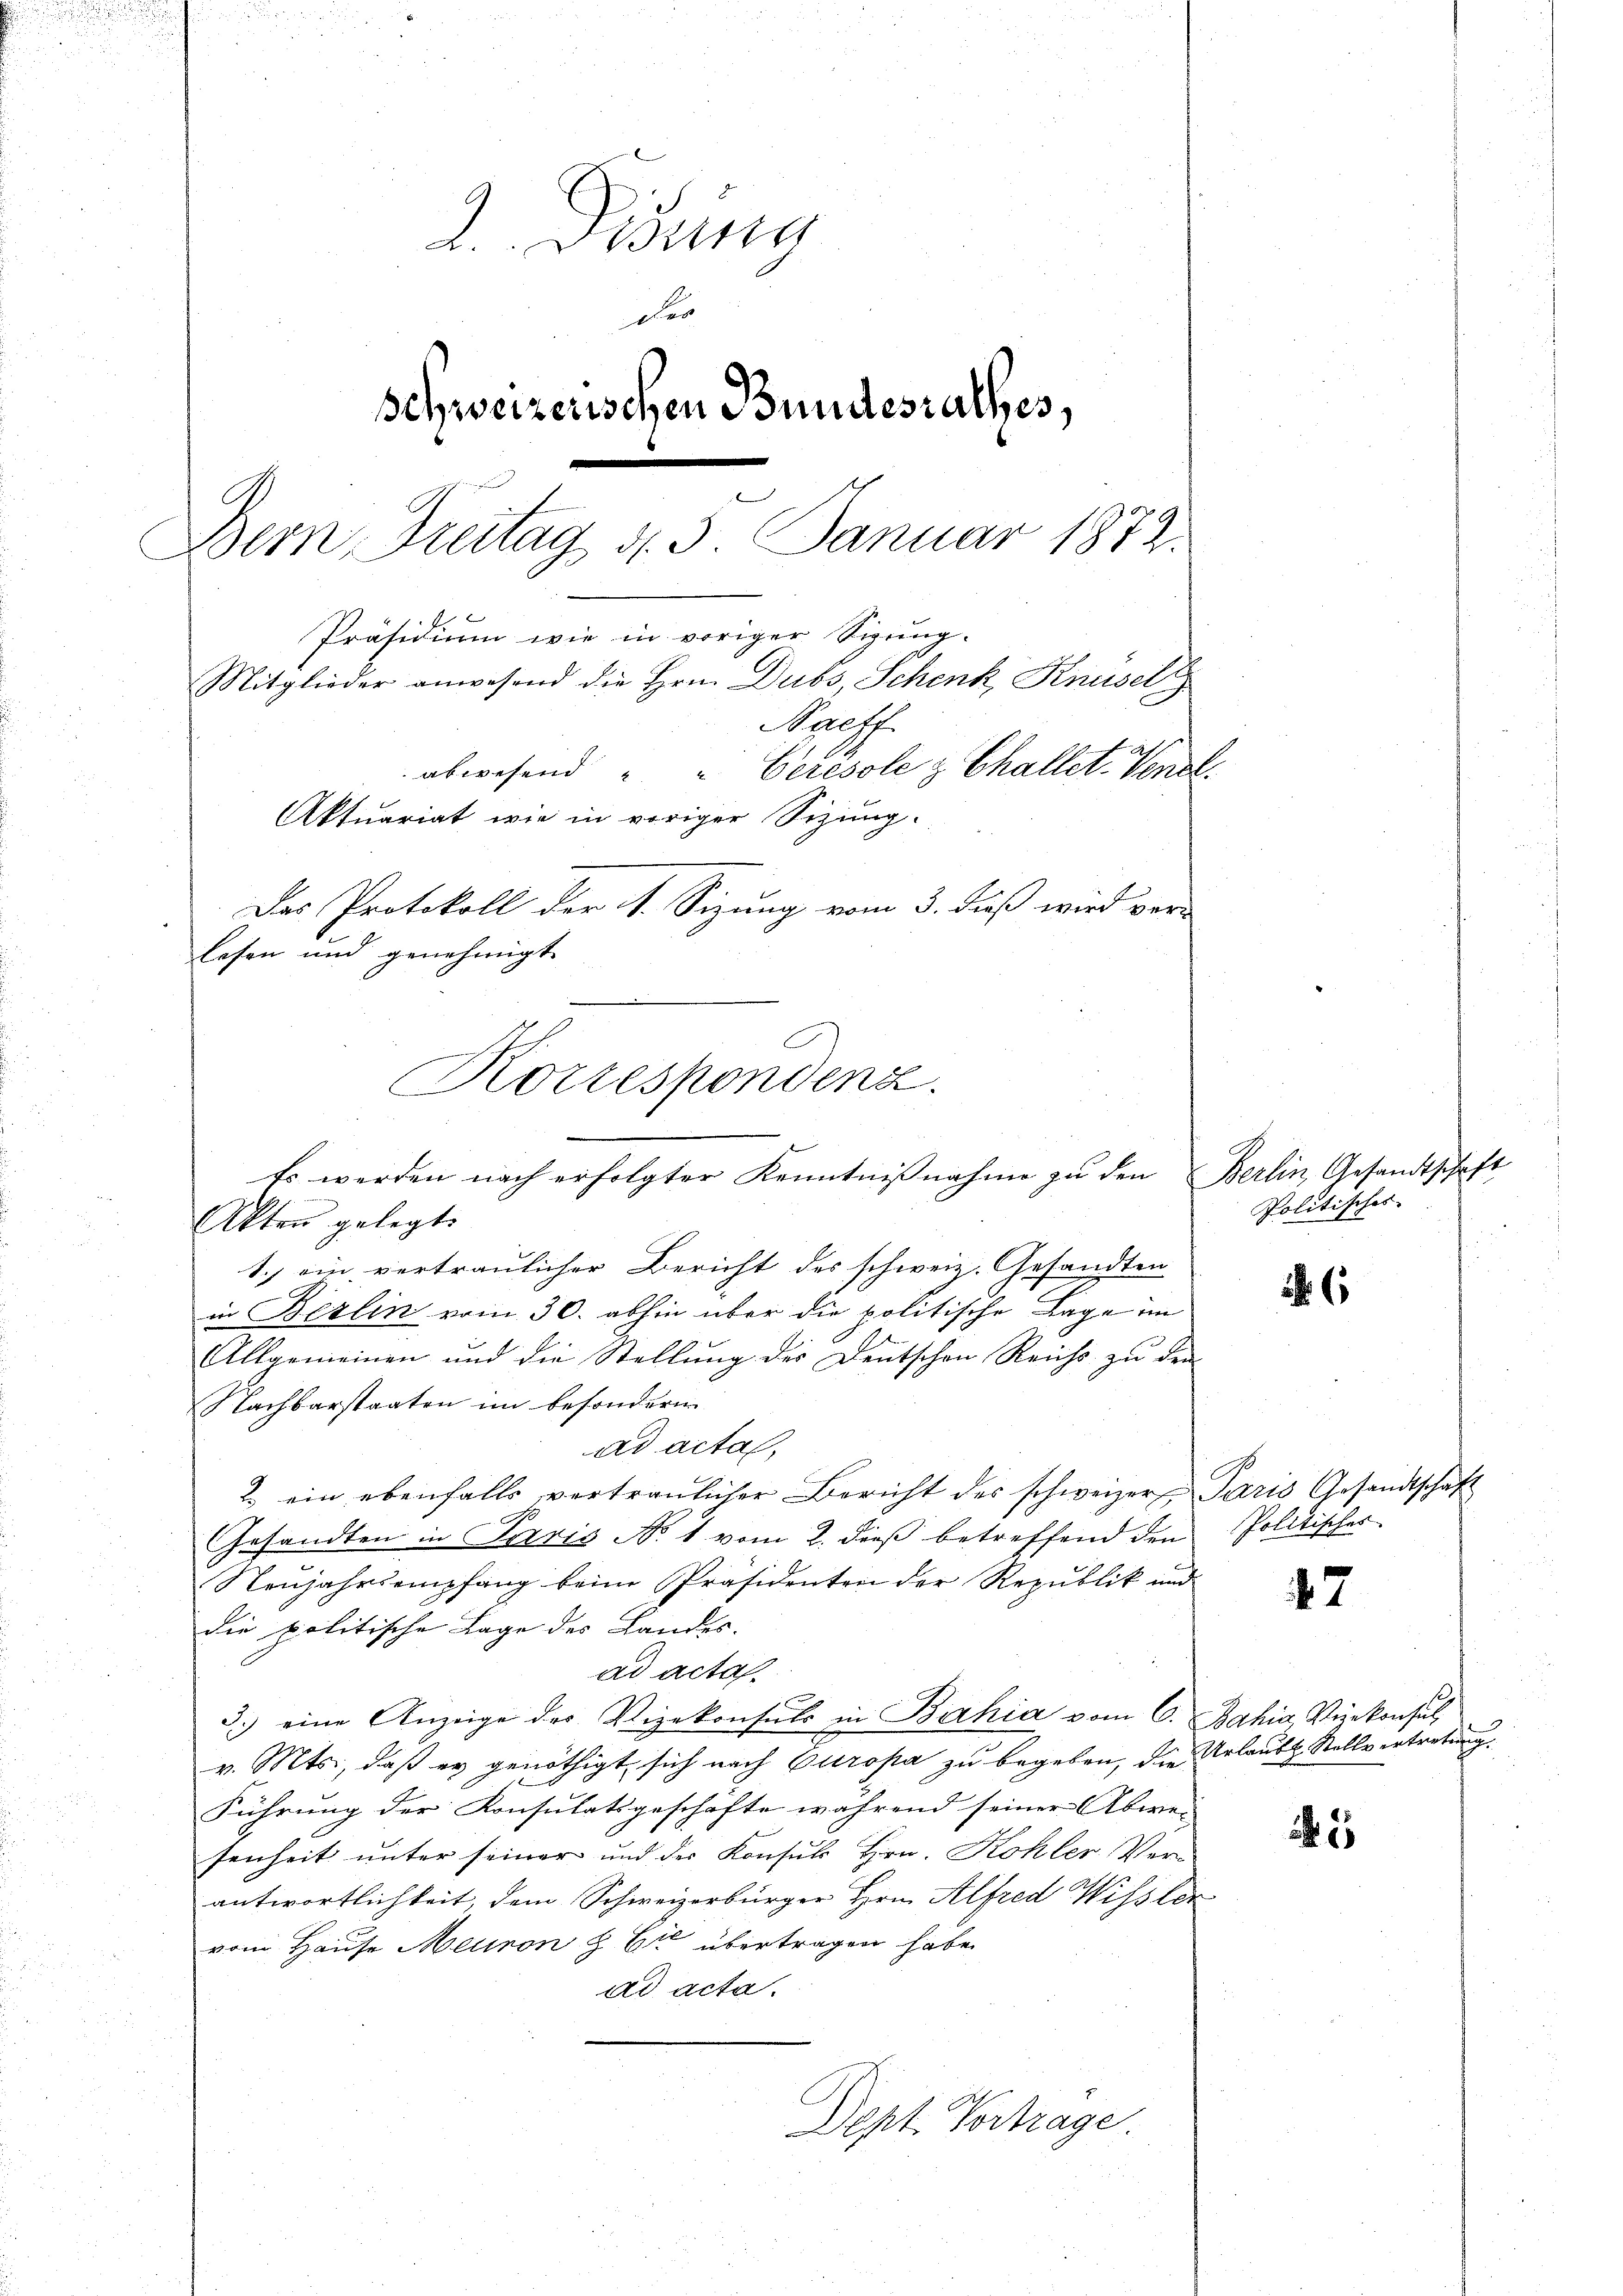
2. Didung
D
Schweizerischen Bundesrathes,
Dem Freitag 4. 5. Januar 1872.
Präsidium wie in voriger Sipring.
Mitglieder anwesend die Hrn. Dubs, Schenk, Knüsel
Naeff.
abwesend " " Cerésole & Challet. Venel.
Aktuariat wie in voriger Sizung.
Das Protokoll der 1. Sizung vom 3. dieß wird ver-
lesen und genehmigt
Korrespondenz.

Akten gelegt.
1.) ein vertraulicher Bericht des schweiz. Gesandten
in Berlin vom 30. abhin über die politische Lage im
Allgemeinen und die Stellung der Deutschen Reichs zu den
Nachbarstaaten im besonderen
ad acta,
2. ein ebenfalls vertraulicher Bericht des schweizer Paris Gesandtschaft
Gesandten in Paris No 1 vom 2. dieß betreffend den
Neujahr empfang beim Präsidenten der Republik und
die politische Lage des Landes-
ad acta
3.) eine Anzeige des Vizekonsuls in Bahia vom 6. Bahia Vizekonsul
v. Mts., daß er genöthigt, sich nach Europa zu begeben, die Urlaubt. Stellvertretung.
Führung der Konsulatsgeschäfte während seiner Abwei
senheit unter seiner und der Konsuls Hrn. Kohler Ver-
antwortlichkeit, dem Schweizerbürger Hrn. Alfred Wissler
vom Hause Meuron H. Er übertragen habe.
ad acta.
Dept Vortrage

Es werden nach erfolgter Kenntnißnahme zu den Berlin, Gesandtschaf

Politisches

Politisches

47

5

Et